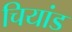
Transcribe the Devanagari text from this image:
चियांड